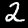
Digit: 2